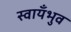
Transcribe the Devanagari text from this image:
स्वायँभुव